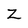
Character: Z